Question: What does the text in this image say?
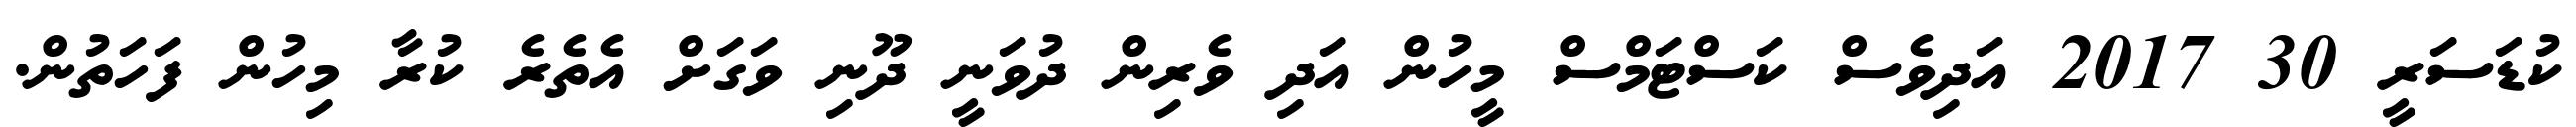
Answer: ކުޑަސަރީ 30 2017 އަދިވެސް ކަސްޓަމްސް މީހުން އަދި ވެރިން ދުވަނީ ދޫނި ވަގަށް އެތެރެ ކުރާ މިހުން ފަހަތުން.